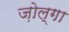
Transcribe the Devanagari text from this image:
ज़ोल्गा